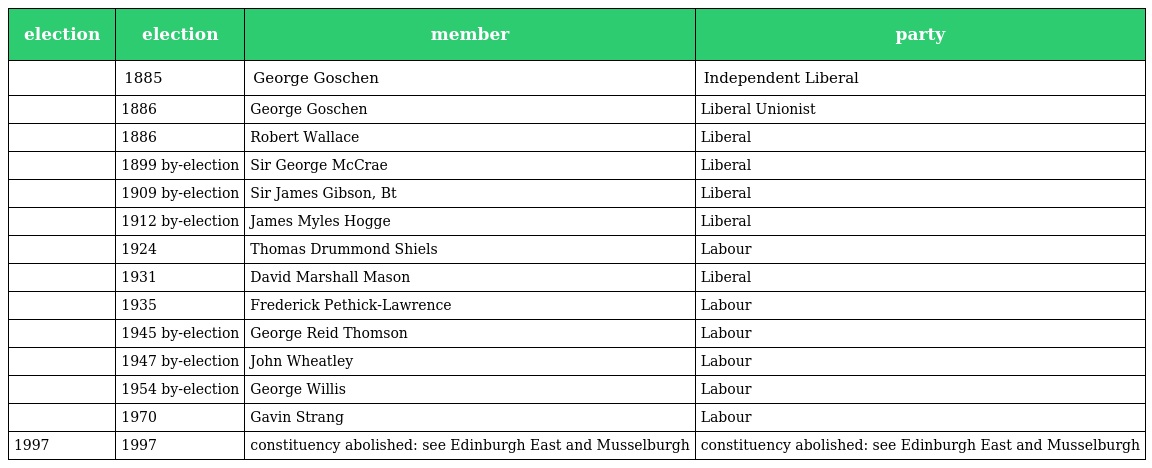
| election | election | member | party |
 | --- | --- | --- | --- |
 |  | 1885 | George Goschen | Independent Liberal |
 |  | 1886 | George Goschen | Liberal Unionist |
 |  | 1886 | Robert Wallace | Liberal |
 |  | 1899 by-election | Sir George McCrae | Liberal |
 |  | 1909 by-election | Sir James Gibson, Bt | Liberal |
 |  | 1912 by-election | James Myles Hogge | Liberal |
 |  | 1924 | Thomas Drummond Shiels | Labour |
 |  | 1931 | David Marshall Mason | Liberal |
 |  | 1935 | Frederick Pethick-Lawrence | Labour |
 |  | 1945 by-election | George Reid Thomson | Labour |
 |  | 1947 by-election | John Wheatley | Labour |
 |  | 1954 by-election | George Willis | Labour |
 |  | 1970 | Gavin Strang | Labour |
 | 1997 | 1997 | constituency abolished: see Edinburgh East and Musselburgh | constituency abolished: see Edinburgh East and Musselburgh |